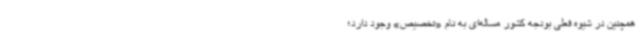
همچنین در شیوه فعلی بودجه کشور مساله‌ای به نام «تخصیص» وجود دارد؛